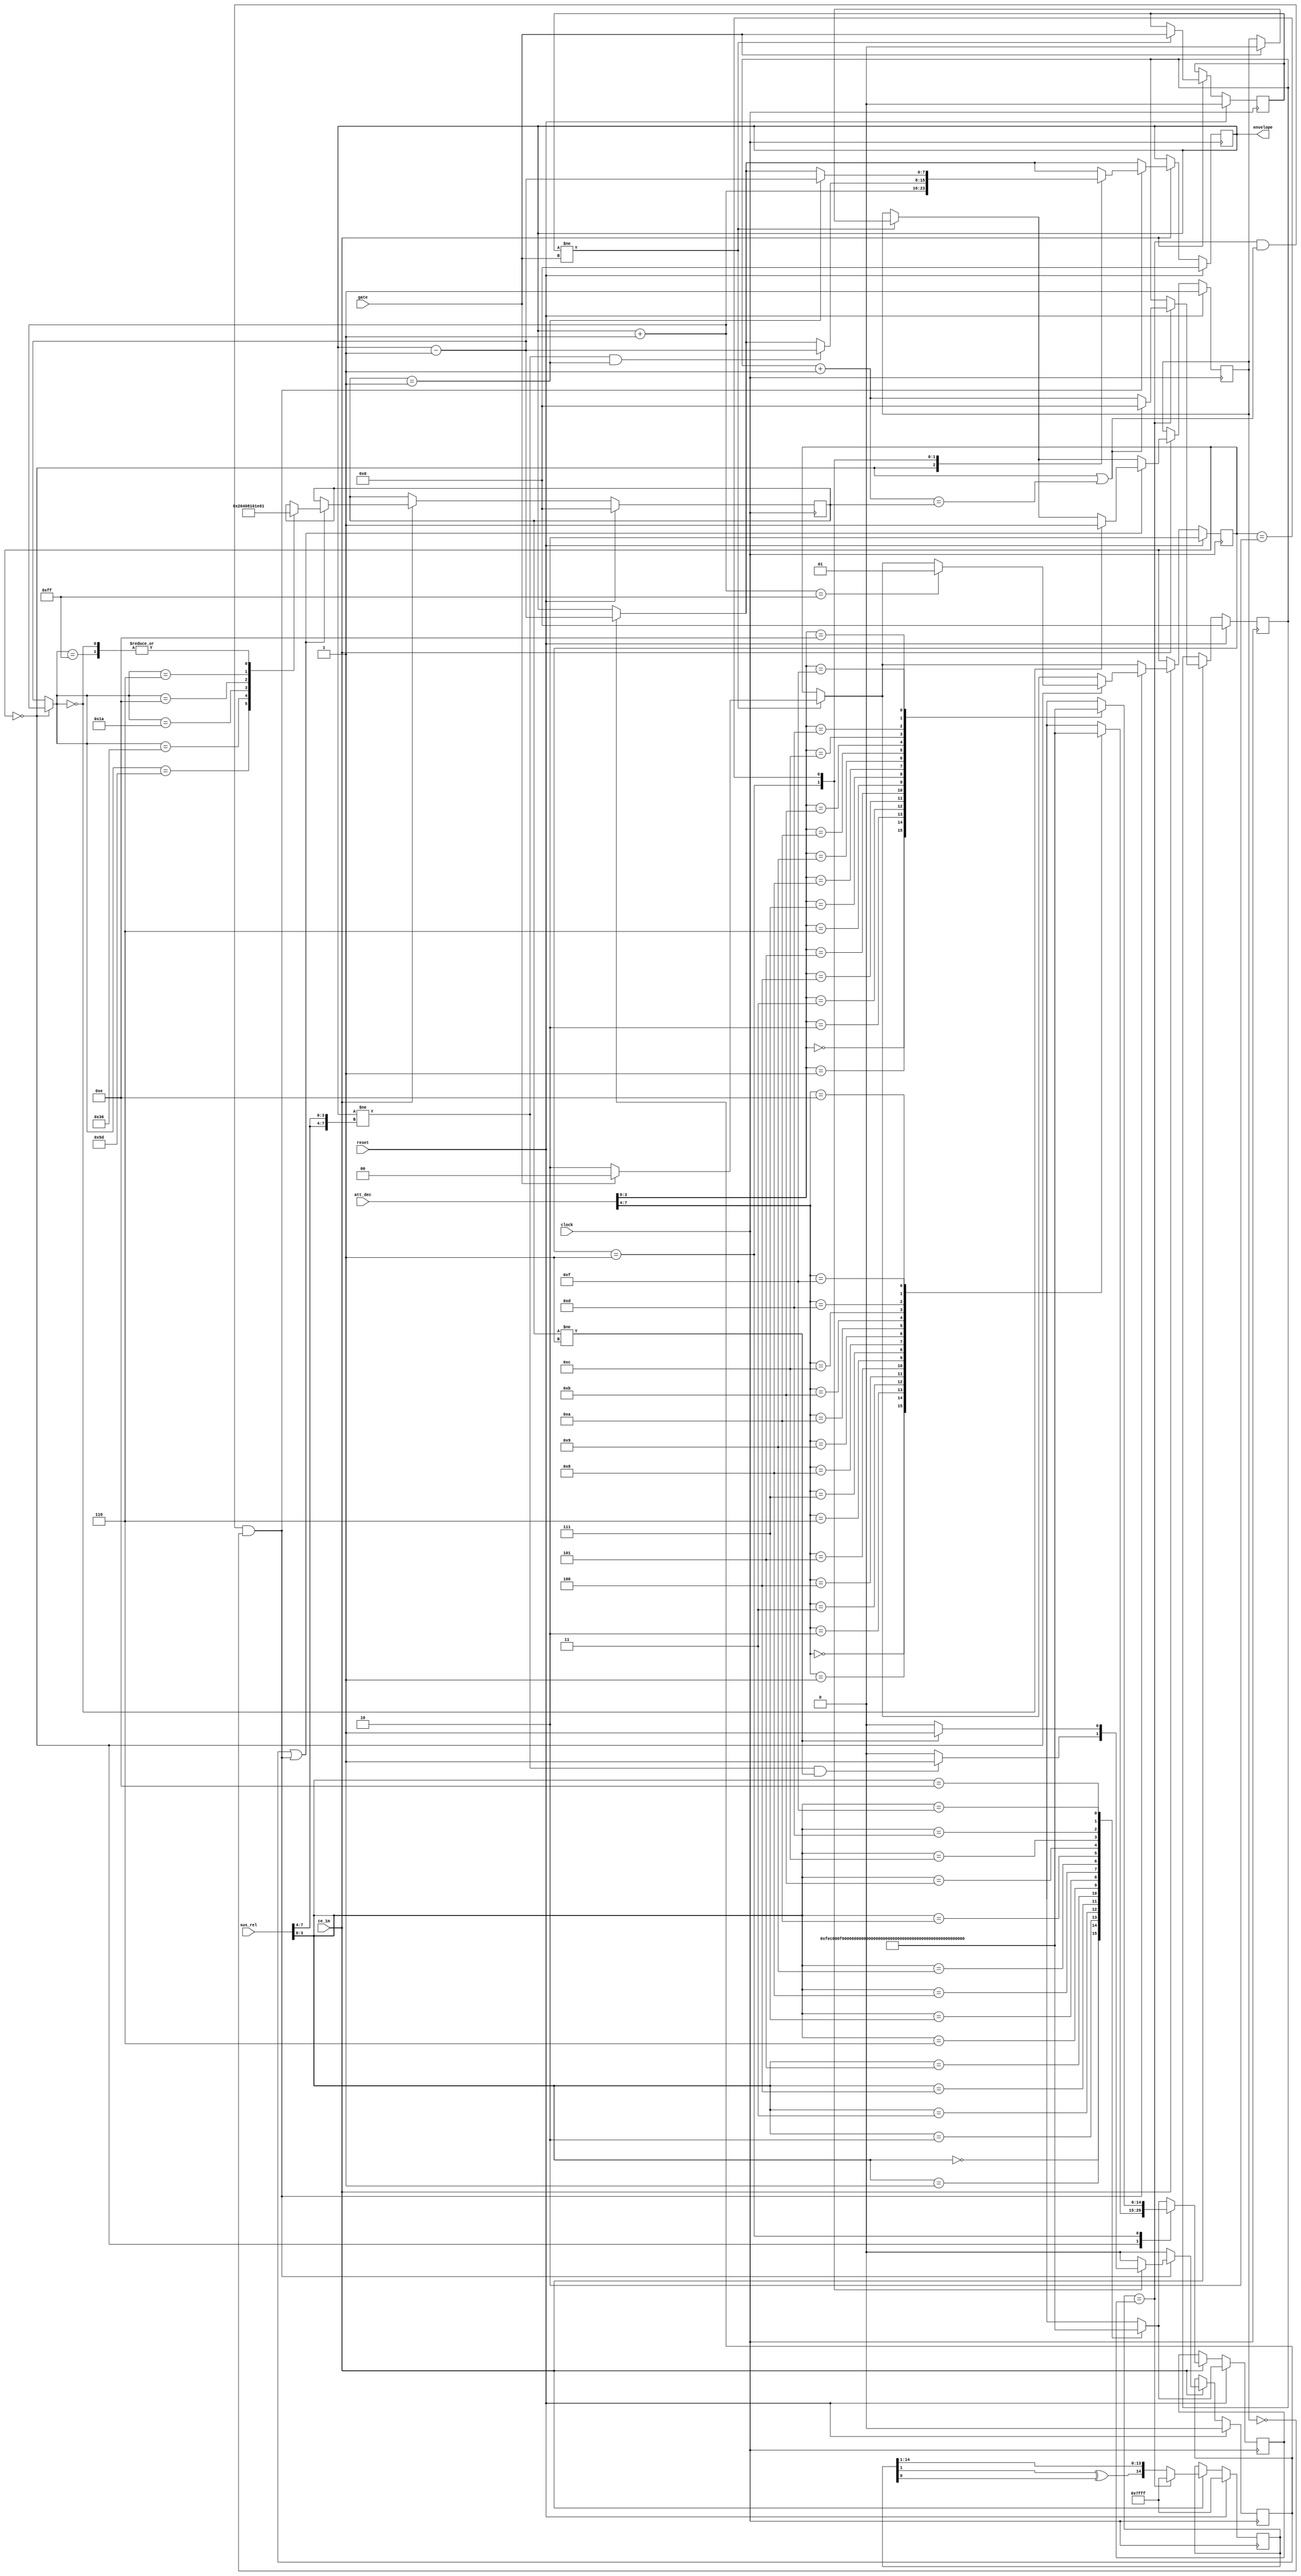

module sid_envelope
(
	input            clock,
	input            ce_1m,

	input            reset,
	input            gate,
	input     [ 7:0] att_dec,
	input     [ 7:0] sus_rel,

	output reg [7:0] envelope
);

// Internal Signals
reg  [ 1:0] state;
reg         gate_edge;
reg  [14:0] rate_counter;
reg  [14:0] rate_period;
wire [14:0] adsrtable [0:15];
reg  [ 7:0] exponential_counter;
reg  [ 7:0] exponential_counter_period;
reg         hold_zero;
reg         envelope_pipeline;

`define ST_ATTACK  2'b00
`define ST_DEC_SUS 2'b01
`define ST_RELEASE 2'b10

assign adsrtable[4'h0] = 15'h007f;
assign adsrtable[4'h1] = 15'h3000;
assign adsrtable[4'h2] = 15'h1e00;
assign adsrtable[4'h3] = 15'h0660;
assign adsrtable[4'h4] = 15'h0182;
assign adsrtable[4'h5] = 15'h5573;
assign adsrtable[4'h6] = 15'h000e;
assign adsrtable[4'h7] = 15'h3805;
assign adsrtable[4'h8] = 15'h2424;
assign adsrtable[4'h9] = 15'h2220;
assign adsrtable[4'ha] = 15'h090c;
assign adsrtable[4'hb] = 15'h0ecd;
assign adsrtable[4'hc] = 15'h010e;
assign adsrtable[4'hd] = 15'h23f7;
assign adsrtable[4'he] = 15'h5237;
assign adsrtable[4'hf] = 15'h64a8;

// State Logic
always @(posedge clock) begin
	if (reset)
		state <= `ST_RELEASE;
	else if(ce_1m) begin
		if (gate_edge != gate)
			if (gate) state <= `ST_ATTACK;
			else state <= `ST_RELEASE;

			if (((rate_counter == rate_period) &&
				(state == `ST_ATTACK ||
				(exponential_counter + 1'b1) == exponential_counter_period) &&
				(!hold_zero)))
				case (state)
					`ST_ATTACK: if (envelope + 1'b1 == 8'hff) state <= `ST_DEC_SUS;
				endcase
	end
end

// Gate Switch Detection
always @(posedge clock) begin
	if (reset) gate_edge <= 1'b0;
	else if(ce_1m) begin
		if (gate_edge != gate) gate_edge <= gate;
	end
end

// Envelope
always @(posedge clock) begin
	if (reset)
		envelope <= 8'h00;
	else if(ce_1m) begin
		if (envelope_pipeline) envelope <= envelope - 1'b1;
		if (((rate_counter == rate_period) &&
         (state == `ST_ATTACK ||
         (exponential_counter + 1'b1) == exponential_counter_period) &&
         (!hold_zero)))
			case (state)
				 `ST_ATTACK: envelope <= envelope + 1'b1;
				`ST_DEC_SUS: if (envelope != {2{sus_rel[7:4]}} && exponential_counter_period == 1) envelope <= envelope - 1'b1;
				`ST_RELEASE: if (exponential_counter_period == 1) envelope <= envelope - 1'b1;            
			endcase      
	end
end

// Envelope Pipeline
always @(posedge clock) begin
	if (reset)
		envelope_pipeline <= 1'b0;
	else if(ce_1m) begin
		if (gate_edge != gate)
			if (gate) envelope_pipeline <= 1'b0;
			if (envelope_pipeline) envelope_pipeline <= 1'b0;
			if (((rate_counter == rate_period) &&
				(state == `ST_ATTACK ||
				(exponential_counter + 1'b1) == exponential_counter_period) &&
				(!hold_zero)))
				case (state)
					`ST_DEC_SUS: if (envelope != {2{sus_rel[7:4]}} && exponential_counter_period != 1) envelope_pipeline <= 1'b1;
					`ST_RELEASE: if(exponential_counter_period != 1) envelope_pipeline <= 1'b1;
				endcase
	end
end

// Exponential Counter
always @(posedge clock) begin
	if (reset)
		exponential_counter <= 8'h00;
	else if(ce_1m) begin
      if (rate_counter == rate_period) begin
			exponential_counter <= exponential_counter + 1'b1;
			if (state == `ST_ATTACK || (exponential_counter + 1'b1) == exponential_counter_period) exponential_counter <= 8'h00;
		end
	end
end

// Exponential Counter Period
always @(posedge clock) begin
	if (reset) begin
		hold_zero <= 1'b1;
		exponential_counter_period <= 8'h00;
	end
	else if(ce_1m) begin
		if (gate_edge != gate) if (gate) hold_zero <= 1'b0;
		if ((envelope_pipeline) || ((rate_counter == rate_period) &&
         (state == `ST_ATTACK ||
         (exponential_counter + 1'b1) == exponential_counter_period) &&
         (!hold_zero)))
			begin
				case (state == `ST_ATTACK ? envelope + 1'b1 : envelope - 1'b1)
					8'hff: exponential_counter_period <= 8'd1;
					8'h5d: exponential_counter_period <= 8'd2;
					8'h36: exponential_counter_period <= 8'd4;
					8'h1a: exponential_counter_period <= 8'd8;
					8'h0e: exponential_counter_period <= 8'd16;
					8'h06: exponential_counter_period <= 8'd30;
					8'h00: begin
						exponential_counter_period <= 8'd1;
						hold_zero <= 1'b1;
					end
				endcase
			end
	end
end

// Rate Counter
always @(posedge clock) begin
	if (reset) rate_counter <= 15'h7fff;
	else if(ce_1m) begin
		if (rate_counter == rate_period) rate_counter <= 15'h7fff;
		else rate_counter <= {rate_counter[1] ^ rate_counter[0], rate_counter[14:1]};
	end
end

// Rate Period
always @(posedge clock) begin
	if (reset)
		rate_period <= adsrtable[sus_rel[3:0]];
	else if(ce_1m) begin
		if (gate_edge != gate) begin
			if (gate) rate_period <= adsrtable[att_dec[7:4]];
			else rate_period <= adsrtable[sus_rel[3:0]];
		end
		case (state)
			 `ST_ATTACK: rate_period <= adsrtable[att_dec[7:4]];
			`ST_DEC_SUS: rate_period <= adsrtable[att_dec[3:0]];
			    default: rate_period <= adsrtable[sus_rel[3:0]];
      endcase
	end
end

endmodule